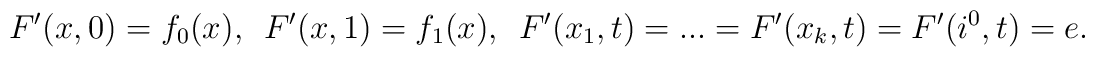
F'(x,0)=f_0(x),\:\:\:F'(x,1)=f_1(x),\:\:\:F'(x_1,t)=...=F'(x_k,t)=F'(i^0, t)=e.